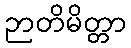
ဉာတိမိတ္တာ